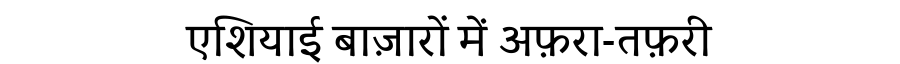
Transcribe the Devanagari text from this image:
एशियाई बाज़ारों में अफ़रा-तफ़री